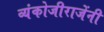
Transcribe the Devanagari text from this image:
व्यंकोजीराजेंनी